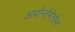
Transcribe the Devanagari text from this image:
अपोनोगेतोन